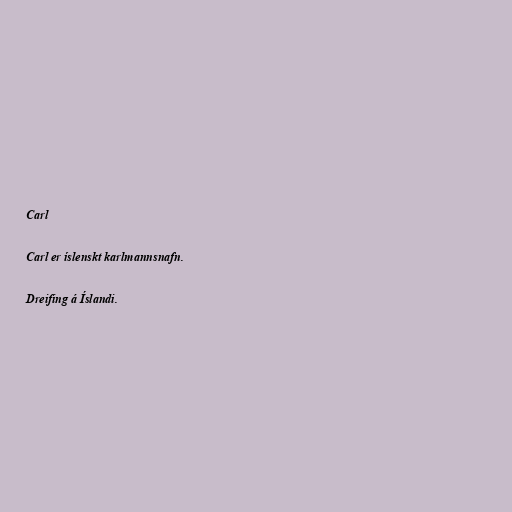
Carl

Carl er íslenskt karlmannsnafn.

Dreifing á Íslandi.